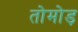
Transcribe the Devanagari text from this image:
तोमोड़